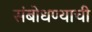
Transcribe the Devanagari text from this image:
संबोधण्याची